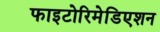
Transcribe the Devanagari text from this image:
फाइटोरिमेडिएशन